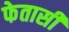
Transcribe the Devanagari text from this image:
फेतासी